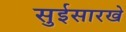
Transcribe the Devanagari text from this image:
सुईसारखे